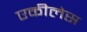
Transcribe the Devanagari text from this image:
एकीलेस